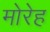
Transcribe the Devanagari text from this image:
मोरेह